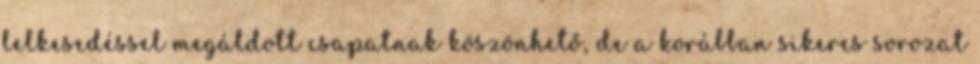
lelkesedéssel megáldott csapatnak köszönhető, de a korábban sikeres sorozat